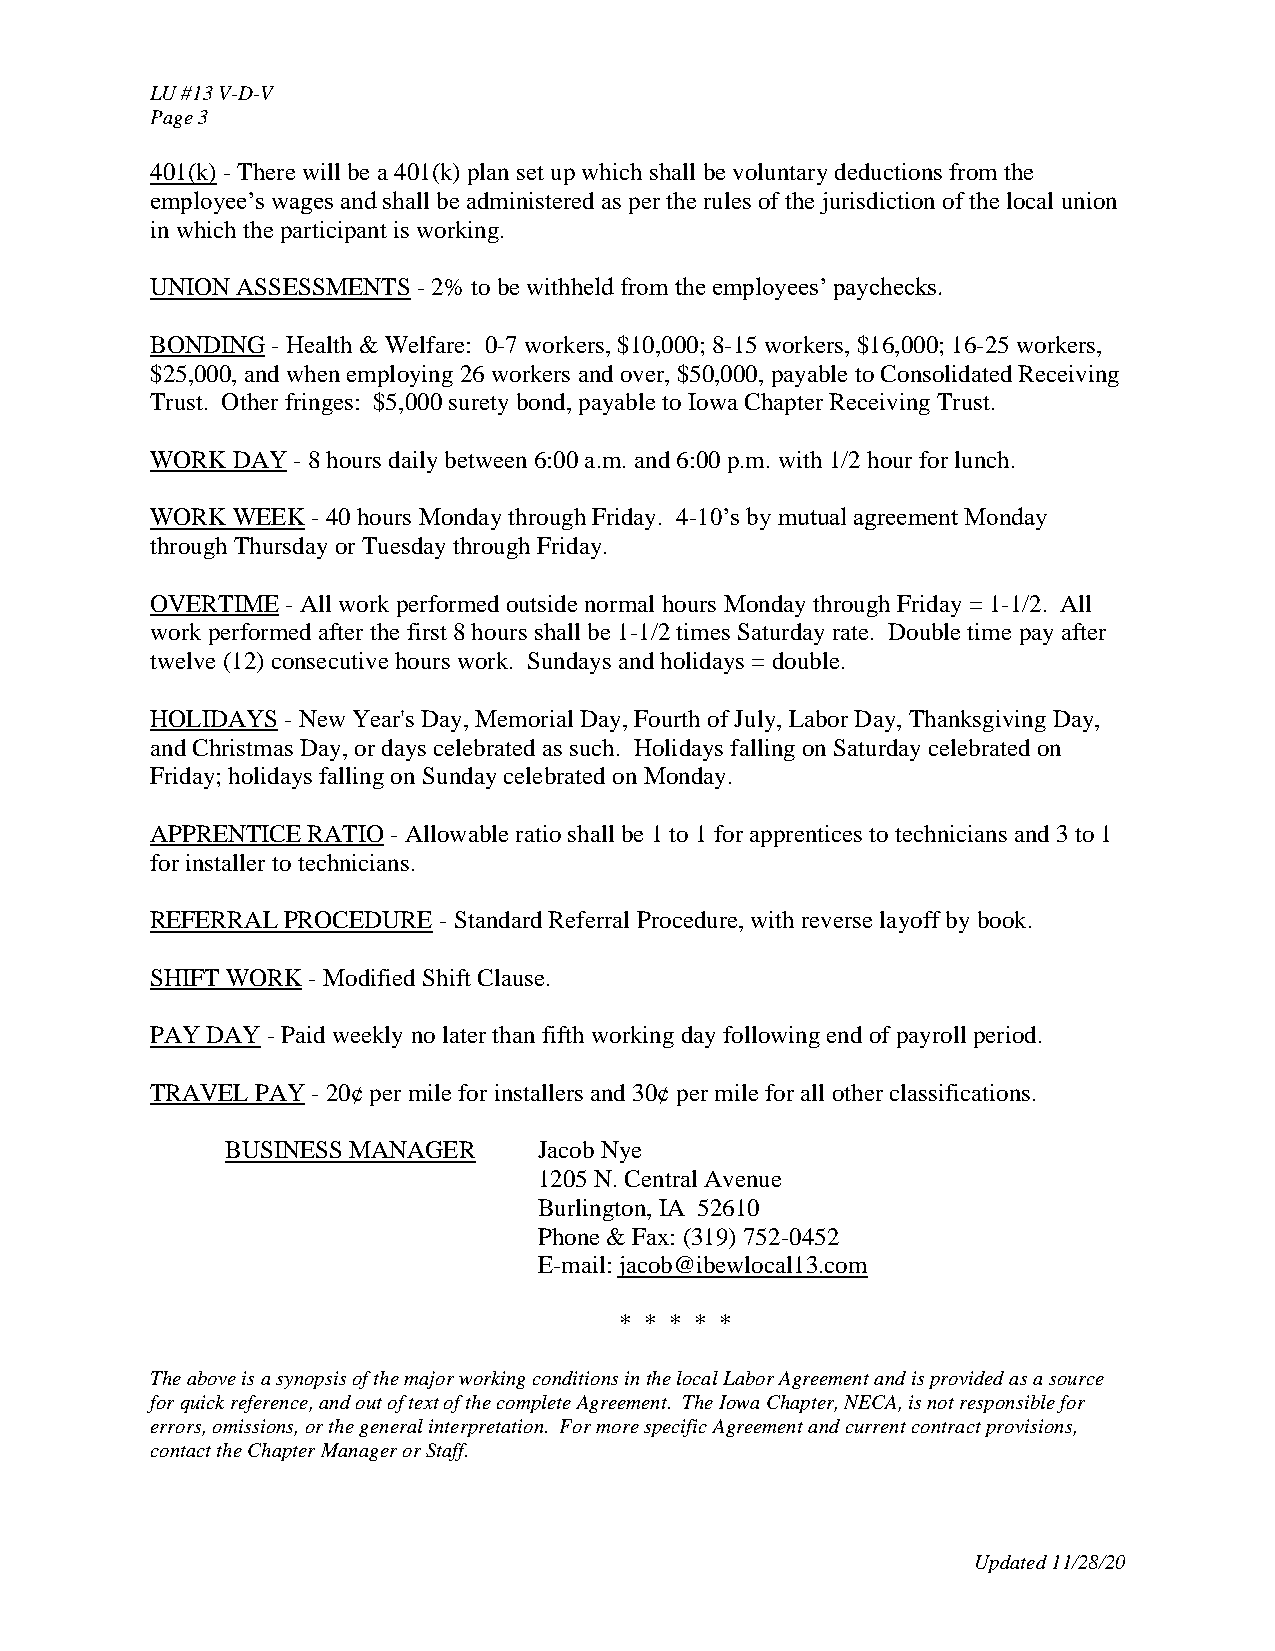
LU #13 V-D-V
 Page 3
 401(k) - There will be a 401(k) plan set up which shall be voluntary deductions from the
 employee’s wages and shall be administered as per the rules of the jurisdiction of the local union
 in which the participant is working.
 UNION ASSESSMENTS - 2% to be withheld from the employees’ paychecks.
 BONDING - Health & Welfare: 0-7 workers, $10,000; 8-15 workers, $16,000; 16-25 workers,
 $25,000, and when employing 26 workers and over, $50,000, payable to Consolidated Receiving
 Trust. Other fringes: $5,000 surety bond, payable to Iowa Chapter Receiving Trust.
 WORK DAY - 8 hours daily between 6:00 a.m. and 6:00 p.m. with 1/2 hour for lunch.
 WORK WEEK  - 40 hours Monday through Friday. 4-10’s by mutual agreement Monday
 through Thursday or Tuesday through Friday.
 OVERTIME - All work performed outside normal hours Monday through Friday = 1-1/2. All
 work performed after the first 8 hours shall be 1-1/2 times Saturday rate. Double time pay after
 twelve (12) consecutive hours work. Sundays and holidays = double.
 HOLIDAYS - New Year's Day, Memorial Day, Fourth of July, Labor Day, Thanksgiving Day,
 and Christmas Day, or days celebrated as such. Holidays falling on Saturday celebrated on
 Friday; holidays falling on Sunday celebrated on Monday.
 APPRENTICE RATIO - Allowable ratio shall be 1 to 1 for apprentices to technicians and 3 to 1
 for installer to technicians.
 REFERRAL PROCEDURE - Standard Referral Procedure, with reverse layoff by book.
 SHIFT WORK - Modified Shift Clause.
 PAY DAY - Paid weekly no later than fifth working day following end of payroll period.
 TRAVEL PAY - 20¢ per mile for installers and 30¢ per mile for all other classifications.
 BUSINESS MANAGER     Jacob Nye
 1205 N. Central Avenue
 Burlington, IA 52610
 Phone & Fax: (319) 752-0452
 E-mail: jacob@ibewlocal13.com
 * * * * *
 The above is a synopsis of the major working conditions in the local Labor Agreement and is provided as a source
 for quick reference, and out of text of the complete Agreement. The Iowa Chapter, NECA, is not responsible for
 errors, omissions, or the general interpretation. For more specific Agreement and current contract provisions,
 contact the Chapter Manager or Staff.
 Updated 11/28/20